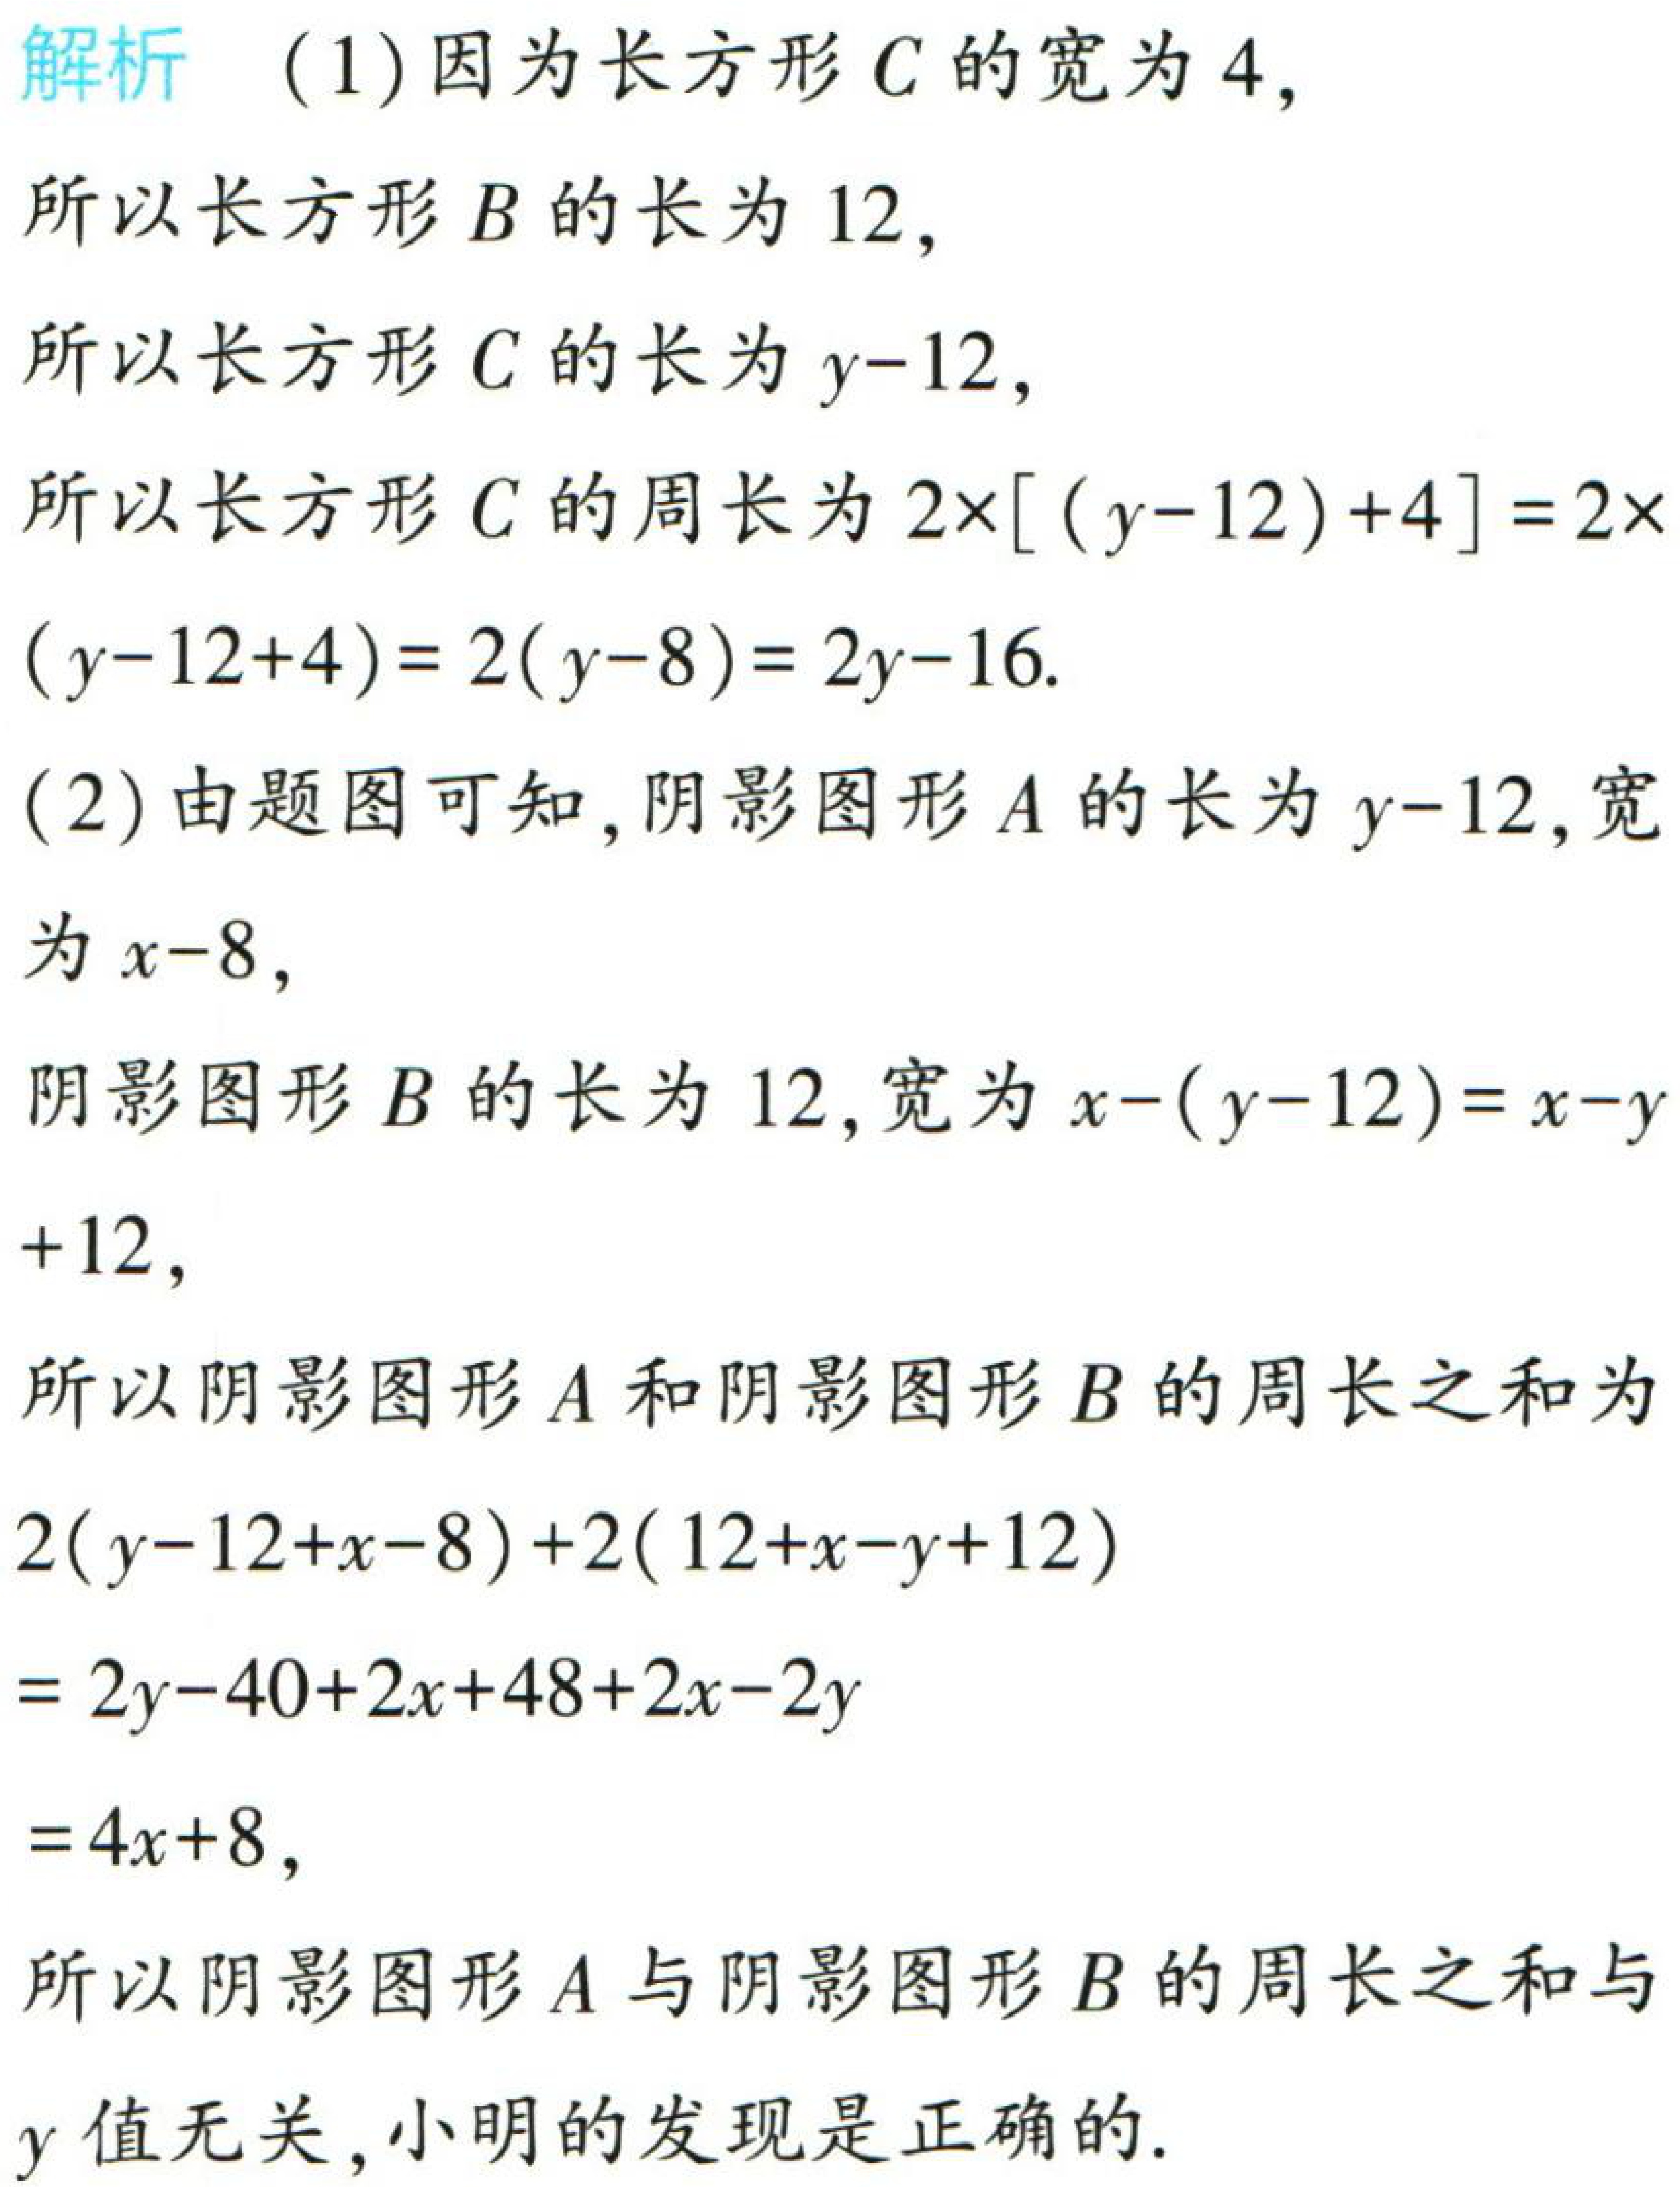
解析 （1）因为长方形\(C\)的宽为\(4\)，

所以长方形\(B\)的长为\(12\)，

所以长方形\(C\)的长为\(y - 12\)，

所以长方形\(C\)的周长为\(2\times[(y - 12)+4]=2\times(y - 12 + 4)=2(y - 8)=2y - 16\)。

（2）由题图可知，阴影图形\(A\)的长为\(y - 12\)，宽为\(x - 8\)，

阴影图形\(B\)的长为\(12\)，宽为\(x-(y - 12)=x - y + 12\)，

所以阴影图形\(A\)和阴影图形\(B\)的周长之和为

\(2(y - 12 + x - 8)+2(12 + x - y + 12)\)

\(=2y - 40 + 2x + 48 + 2x - 2y\)

\(=4x + 8\)，

所以阴影图形\(A\)与阴影图形\(B\)的周长之和与\(y\)值无关，小明的发现是正确的。